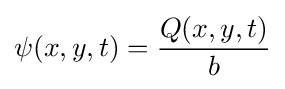
\psi (x,y,t)={\frac {Q(x,y,t)}{b}}